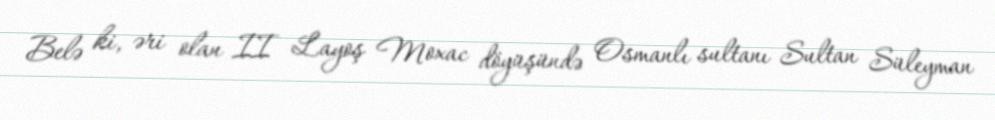
Belə ki, əri olan II Layoş Moxac döyüşündə Osmanlı sultanı Sultan Süleyman